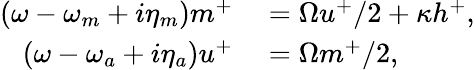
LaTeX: \begin{array}{rl}{(\omega-\omega_{m}+i\eta_{m})m^{+}}&{{}=\Omega u^{+}/2+\kappa h^{+},}\\ {(\omega-\omega_{a}+i\eta_{a})u^{+}}&{{}=\Omega m^{+}/2,}\end{array}